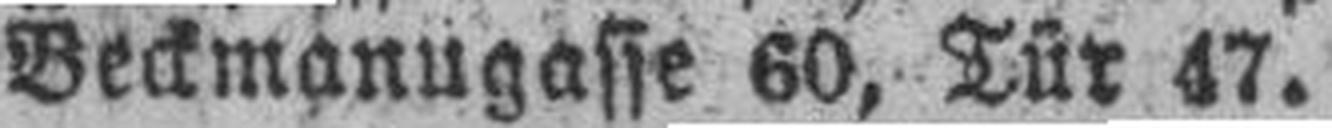
Beckmanugasse 60, Tür 47.